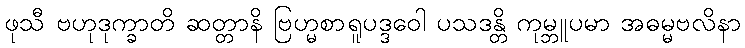
ဖုသီ ဗဟုဒုက္ခာတိ ဆတ္တာနိ ဗြဟ္မစာရူပဒ္ဒဝေါ ပသဒန္တိ ကုမ္ဘူပမာ အဓမ္မဗလိနာ